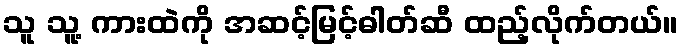
သူ သူ့ ကားထဲကို အဆင့်မြင့်ဓါတ်ဆီ ထည့်လိုက်တယ်။